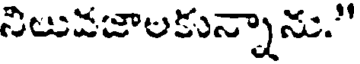
నిలువజాలకున్నాను."